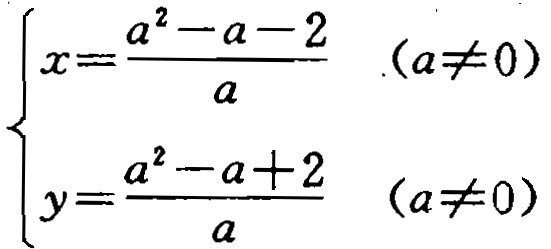
$\begin{cases}
x = \dfrac{a^{2}-a - 2}{a} & (a\neq0)\\
y = \dfrac{a^{2}-a + 2}{a} & (a\neq0)
\end{cases}$